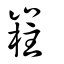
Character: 嵀